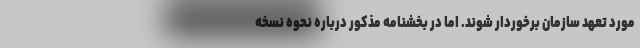
مورد تعهد سازمان برخوردار شوند. اما در بخشنامه مذکور درباره نحوه نسخه